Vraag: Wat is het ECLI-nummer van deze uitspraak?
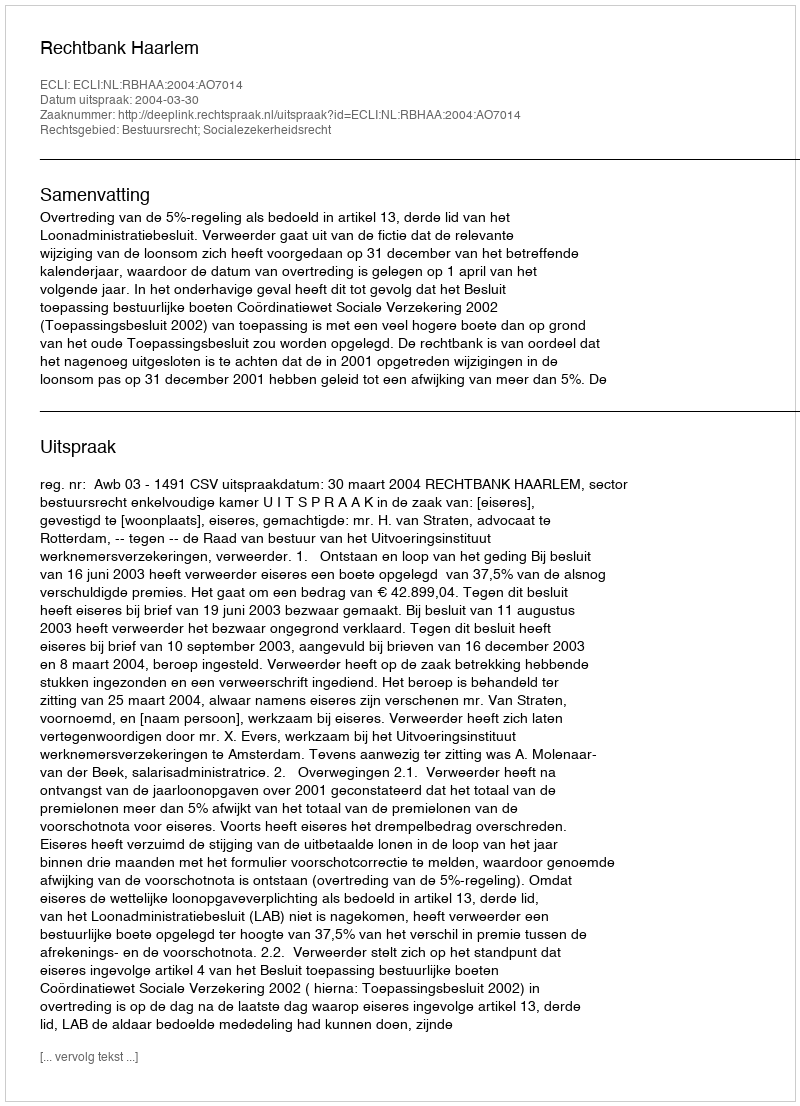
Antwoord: ECLI:NL:RBHAA:2004:AO7014